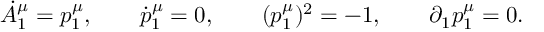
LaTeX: \dot { A } _ { 1 } ^ { \mu } = p _ { 1 } ^ { \mu } , \qquad \dot { p } _ { 1 } ^ { \mu } = 0 , \qquad ( p _ { 1 } ^ { \mu } ) ^ { 2 } = - 1 , \qquad \partial _ { 1 } p _ { 1 } ^ { \mu } = 0 .